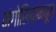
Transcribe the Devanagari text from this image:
मंगोलियामधून